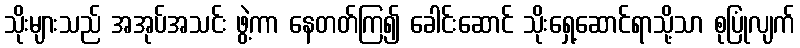
သိုးများသည် အအုပ်အသင်း ဖွဲ့ကာ နေတတ်ကြ၍ ခေါင်းဆောင် သိုးရှေ့ဆောင်ရာသို့သာ စုပြုံလျက်